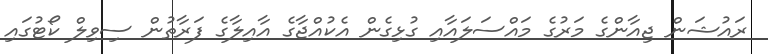
ރައުޝަން ޖިއާންގެ މަރުގެ މައްސަލައާއި ގުޅިގެން އެކުއްޖާގެ އާއިލާގެ ފަރާތުން ސިވިލް ކޯޓުގައި